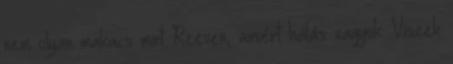
nem olyan makacs mint Reeven, amiért hálás vagyok. Viszek